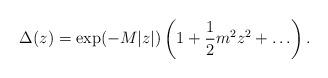
LaTeX: \begin{align*}\Delta(z) = \exp(- M|z|)\left(1+ {1\over 2} m^2 z^2 +\ldots\right).\end{align*}